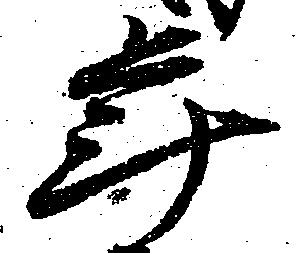
年